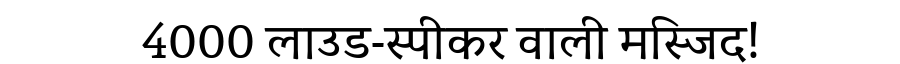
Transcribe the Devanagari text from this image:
4000 लाउड-स्पीकर वाली मस्जिद!